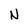
Character: N